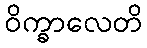
ဝိက္ခာလေတိ